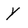
Character: Y